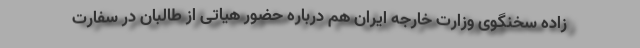
زاده سخنگوی وزارت خارجه ایران هم درباره حضور هیاتی از طالبان در سفارت